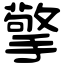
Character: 擎